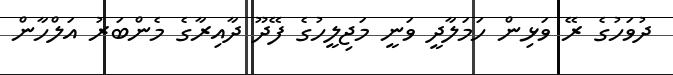
ދުވަހުގެ ރޭ ވަޅިން ހަމަލާދީ ވަނީ މަޖިލީހުގެ ފޭދޫ ދާއިރާގެ މެންބަރު އަލްހާން